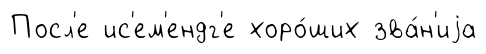
Посл'е ис'ем'ендг'е хоро́ших зва́н'иjа